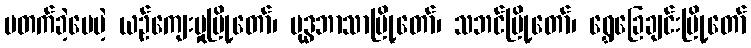
မတက်ခဲ့ပေမဲ့ ယဉ်ကျေးမှုမြို့တော်၊ ဗုဒ္ဓဘာသာမြို့တော်၊ သဘင်မြို့တော်၊ ရွှေခြေချင်းမြို့တော်